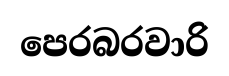
පෙරබරවාරි